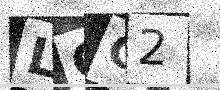
Text: LGC2